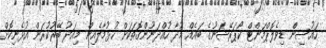
ހައުސިން ޑިވެލޮޕްމަންޓް ކޯޕަރޭޝަނުގެ ބައެއް މުދާ ހުއްދަނޫންގޮތަކަށް ހުޅުމާލެއިން މިއަދު ބޭރުކުރަން އުޅެނިކޮށް